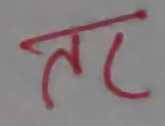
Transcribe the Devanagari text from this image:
तर